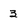
Character: 3